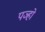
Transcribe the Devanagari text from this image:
पञ्हो